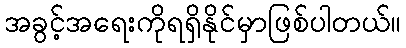
အခွင့်အရေးကိုရရှိနိုင်မှာဖြစ်ပါတယ်။